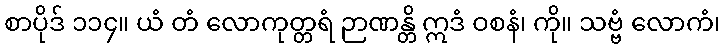
စာပိုဒ် ၁၁၄။ ယံ တံ လောကုတ္တရံ ဉာဏန္တိ ဣဒံ ဝစနံ၊ ကို။ သဗ္ဗံ လောကံ၊